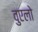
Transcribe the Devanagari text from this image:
वुएलो